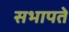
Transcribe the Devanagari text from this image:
सभापते